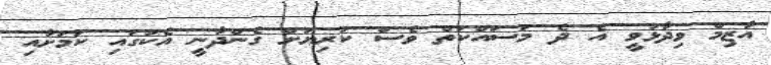
އާޒިމް ވިދާޅުވީ އެ ދެ މަސައްކަތް ވެސް ކުރިޔަށް ގެންދާނީ އެކުގައި ކަމަށާއި